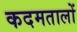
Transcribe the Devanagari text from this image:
कदमतालों